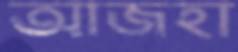
আজহা